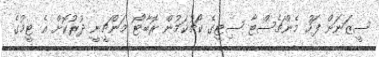
ސީޒަނަށް ފަހު މެންޗެސްޓާ ސިޓީގެ ކޯޗުކަމުން ރޮބާޓޯ މަންޗީނީ ދުރުކޮށް އެ ޓީމުގެ